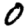
Digit: 0